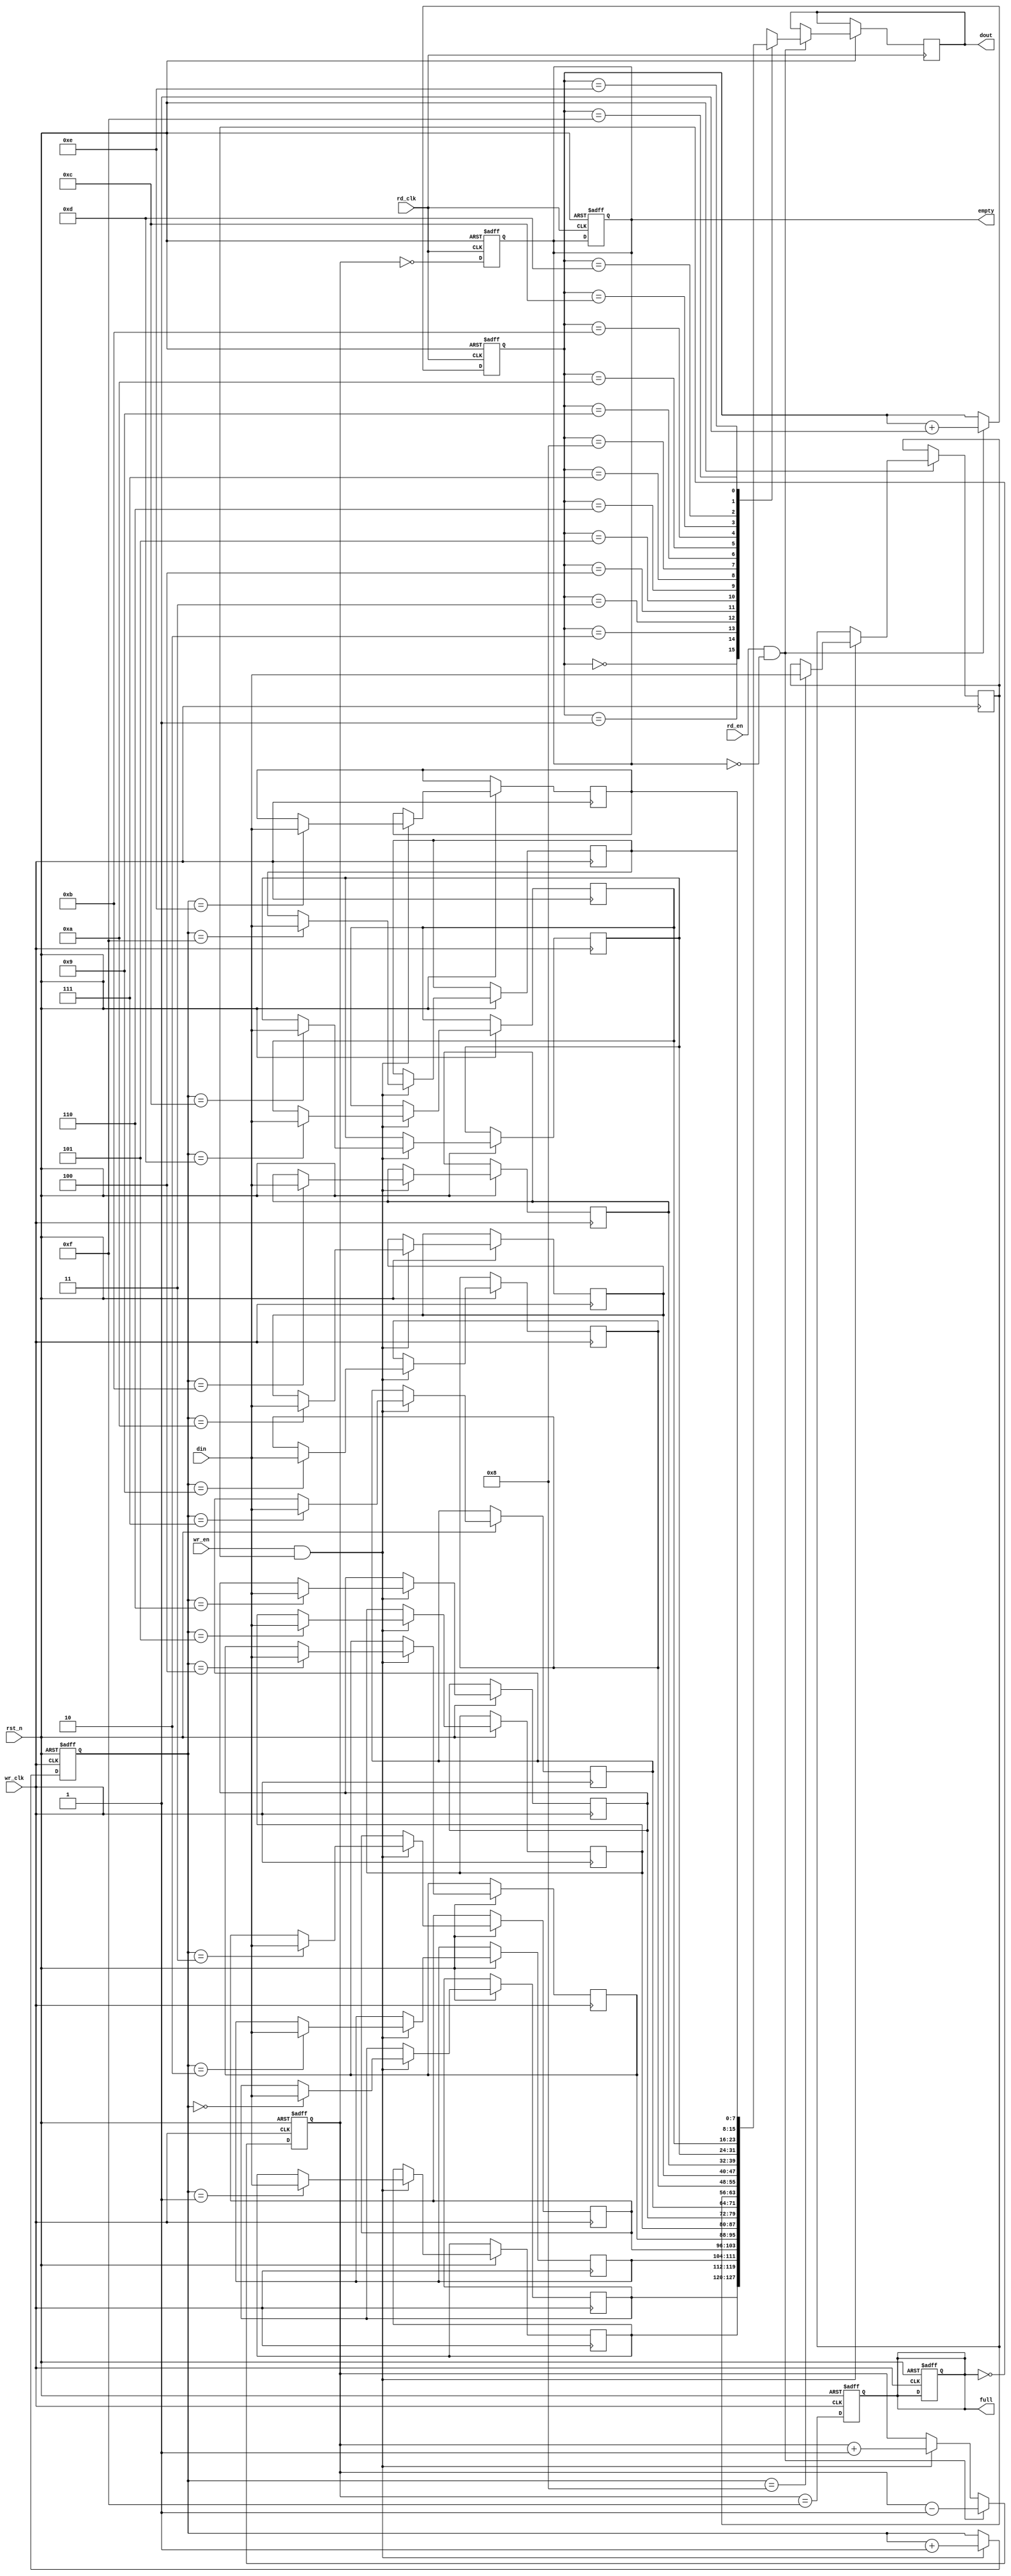
module async_fifo #(
    parameter DATA_WIDTH = 8,  // Width of data
    parameter FIFO_DEPTH = 16   // Depth of FIFO (must be a power of 2)
)(
    input wire wr_clk,          // Write clock
    input wire rd_clk,          // Read clock
    input wire rst_n,           // Active low reset
    input wire wr_en,           // Write enable
    input wire rd_en,           // Read enable
    input wire [DATA_WIDTH-1:0] din, // Data input
    output reg [DATA_WIDTH-1:0] dout, // Data output
    output reg full,            // Full flag
    output reg empty            // Empty flag
);

    // Internal signals for pointers and memory
    reg [DATA_WIDTH-1:0] fifo_mem [0:FIFO_DEPTH-1]; // FIFO memory
    reg [$clog2(FIFO_DEPTH)-1:0] wr_ptr;           // Write pointer
    reg [$clog2(FIFO_DEPTH)-1:0] rd_ptr;           // Read pointer
    reg [$clog2(FIFO_DEPTH):0] fifo_count;          // FIFO count

    // Synchronization registers
    reg [$clog2(FIFO_DEPTH)-1:0] rd_ptr_sync;
    reg [$clog2(FIFO_DEPTH)-1:0] wr_ptr_sync;

    // Reset and initialize
    always @(posedge wr_clk or negedge rst_n) begin
        if (!rst_n) begin
            wr_ptr <= 0;
            full <= 0;
        end else begin
            if (wr_en && !full) begin
                fifo_mem[wr_ptr] <= din;
                wr_ptr <= wr_ptr + 1;
            end
        end
    end

    always @(posedge rd_clk or negedge rst_n) begin
        if (!rst_n) begin
            rd_ptr <= 0;
            empty <= 1;
        end else begin
            if (rd_en && !empty) begin
                dout <= fifo_mem[rd_ptr];
                rd_ptr <= rd_ptr + 1;
            end
        end
    end

    // FIFO count and full/empty flags
    always @(posedge wr_clk or negedge rst_n) begin
        if (!rst_n) begin
            fifo_count <= 0;
            full <= 0;
        end else begin
            if (wr_en && !full) begin
                fifo_count <= fifo_count + 1;
            end
            if (rd_en && !empty) begin
                fifo_count <= fifo_count - 1;
            end
            full <= (fifo_count == (FIFO_DEPTH - 1));
        end
    end

    always @(posedge rd_clk or negedge rst_n) begin
        if (!rst_n) begin
            empty <= 1;
        end else begin
            empty <= (fifo_count == 0);
        end
    end

    // Synchronize read and write pointers
    always @(posedge rd_clk or negedge rst_n) begin
        if (!rst_n) begin
            rd_ptr_sync <= 0;
        end else begin
            rd_ptr_sync <= rd_ptr;
        end
    end

    always @(posedge wr_clk or negedge rst_n) begin
        if (!rst_n) begin
            wr_ptr_sync <= 0;
        end else begin
            wr_ptr_sync <= wr_ptr;
        end
    end

endmodule